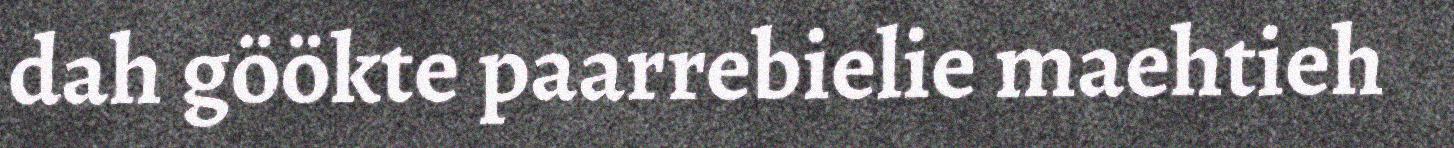
dah göökte paarrebielie maehtieh